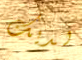
لديك